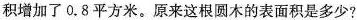
积增加了0.8平方米。原来这根圆木的表面积是多少?